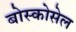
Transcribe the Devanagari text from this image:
बोस्कोसेल